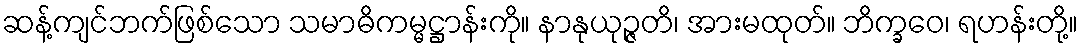
ဆန့်ကျင်ဘက်ဖြစ်သော သမာဓိကမ္မဋ္ဌာန်းကို။ နာနုယုဉ္ဇတိ၊ အားမထုတ်။ ဘိက္ခဝေ၊ ရဟန်းတို့။